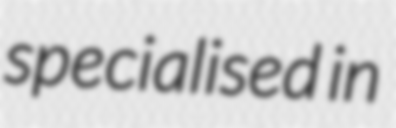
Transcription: specialised in